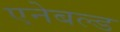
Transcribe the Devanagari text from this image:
एनेबल्‍ड